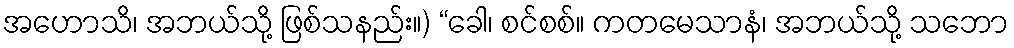
အဟောသိ၊ အဘယ်သို့ ဖြစ်သနည်း။) “ခေါ၊ စင်စစ်။ ကတမေသာနံ၊ အဘယ်သို့ သဘော